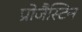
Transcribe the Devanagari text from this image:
प्रोजैस्टिन